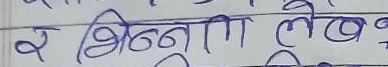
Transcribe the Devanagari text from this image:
र भिन्नता लेख् ?